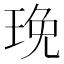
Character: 㻊